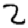
Digit: 2